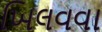
ખિલવવા